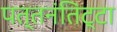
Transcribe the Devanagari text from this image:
पत्तनंतिट्टा